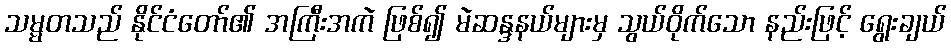
သမ္မတသည် နိုင်ငံတော်၏ အကြီးအကဲ ဖြစ်၍ မဲဆန္ဒနယ်များမှ သွယ်ဝိုက်သော နည်းဖြင့် ရွေးချယ်